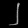
Digit: ၂